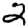
Digit: 2